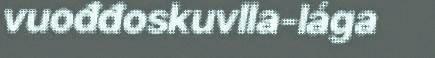
vuođđoskuvlla-lága